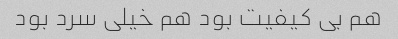
هم بی کیفیت بود هم خیلی سرد بود